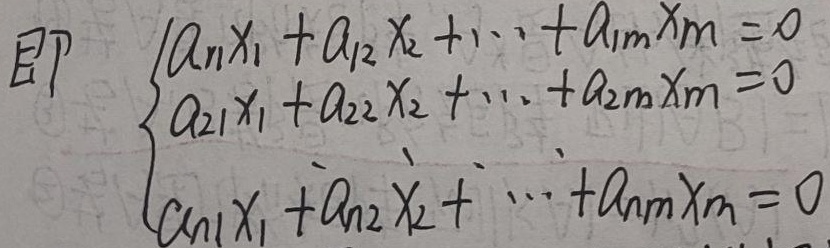
即
\[\begin{cases}
a_{11}x_{1}+a_{12}x_{2}+\cdots +a_{1m}x_{m}=0\\
a_{21}x_{1}+a_{22}x_{2}+\cdots +a_{2m}x_{m}=0\\
\vdots\\
a_{n1}x_{1}+a_{n2}x_{2}+\cdots +a_{nm}x_{m}=0
\end{cases}\]